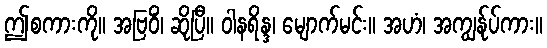
ဤစကားကို။ အဗြဝိံ၊ ဆိုပြီ။ ဝါနရိန္ဒ၊ မျောက်မင်း။ အဟံ၊ အကျွန်ုပ်ကား။